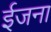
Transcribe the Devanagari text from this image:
ईजना